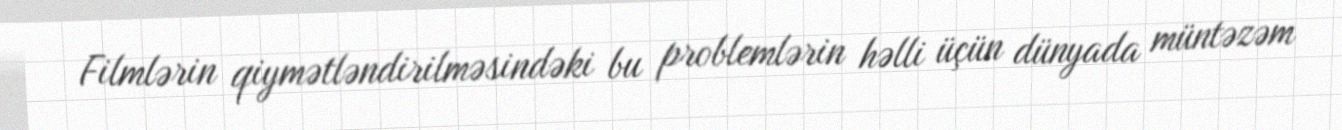
Filmlərin qiymətləndirilməsindəki bu problemlərin həlli üçün dünyada müntəzəm